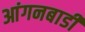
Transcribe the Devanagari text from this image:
आंगनबाडी